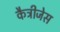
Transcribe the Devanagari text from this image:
कैट्रीजेस